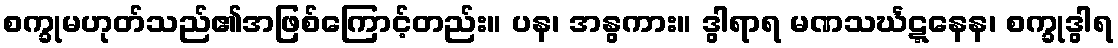
စက္ခုမဟုတ်သည်၏အဖြစ်ကြောင့်တည်း။ ပန၊ အနွကား။ ဒွါရာရ မဏသင်္ဃဋ္ဋနေန၊ စက္ခုဒွါရ